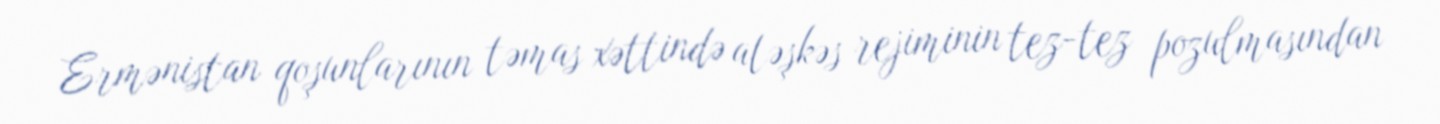
Ermənistan qoşunlarının təmas xəttində atəşkəs rejiminin tez-tez pozulmasından